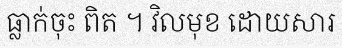
ធ្លាក់ចុះ ពិត ។ វិលមុខ ដោយសារ